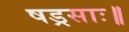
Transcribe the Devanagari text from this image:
षड्रसाः॥